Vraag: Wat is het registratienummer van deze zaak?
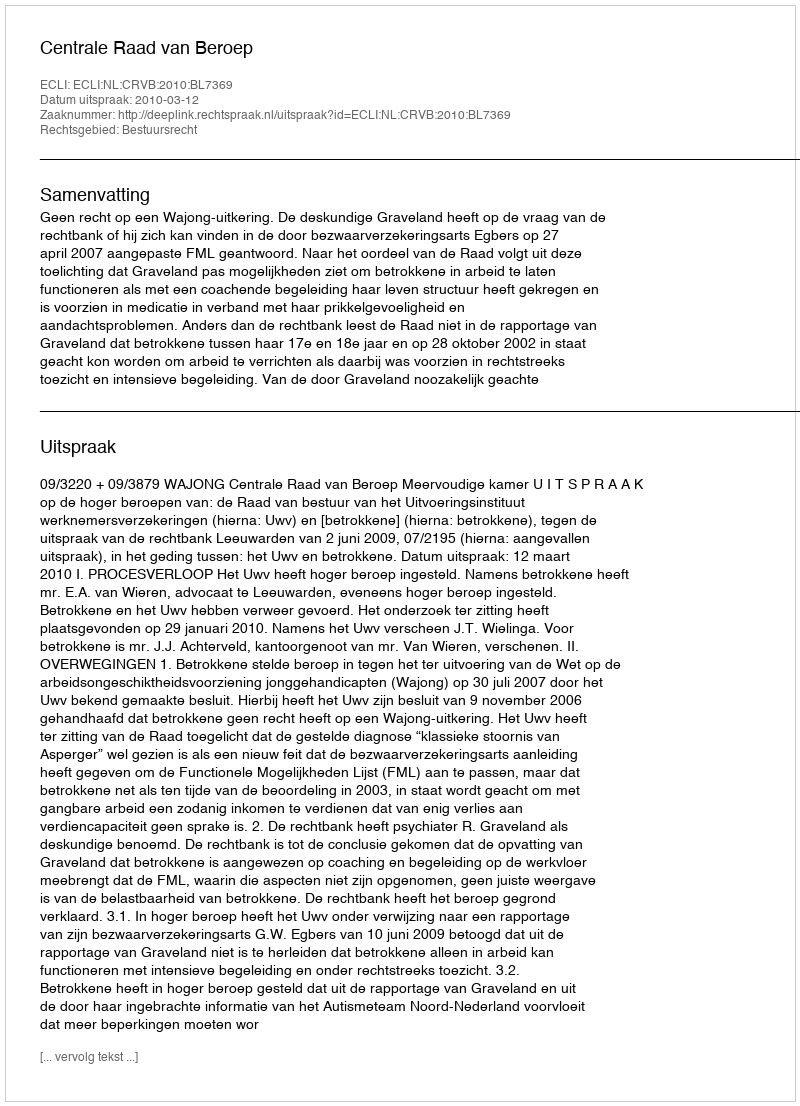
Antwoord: http://deeplink.rechtspraak.nl/uitspraak?id=ECLI:NL:CRVB:2010:BL7369